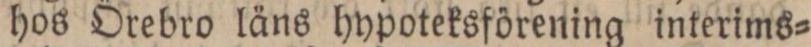
hos Örebro läns hypoteksförening interims=